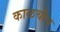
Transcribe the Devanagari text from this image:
काळचीच